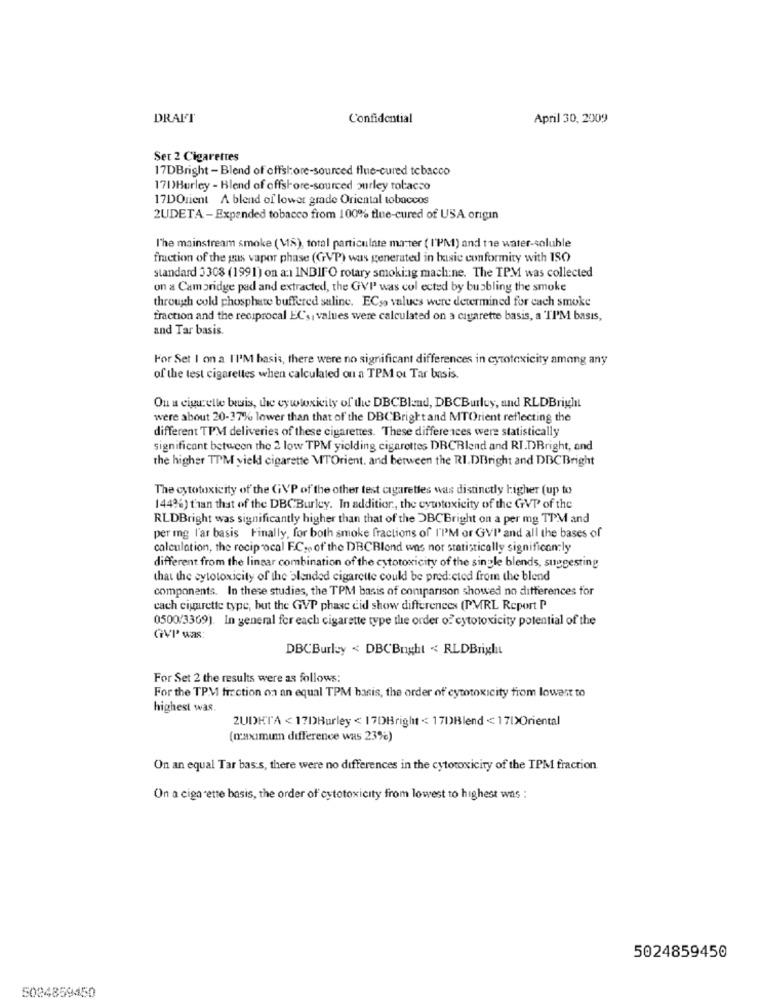
DRALT
Confidential
April 30, 2009
Set 2 Cigarettes
17DBright - Blend of offshore-sourced flue-cured tobacco
171)Burley - Blend of offshore-sourced purley tobacco
17DOrient A blend of lower grade Oriental tobaccos
2UDETA - Expanded tobacco from 100% tlue-cured of USA origin
l'he mainstream smoke ( MIS), total particulate mater ( I'PM) and the water-soluble
fraction of the gas vapor phase (GVP) was generated in basic conformity with ISO
standard 3308 (1991) on a: INBIFO rotary smoking mach:ne. The TPM was collected
on a Cambridge pad and extracted, the GVP was col ected by busbling the smoke
through cold phosphate buffered saline. ECso values were determined for cach smoke
fraction and the reciprocal EC's, values were calculated on a cigarette basis, a TI'M basis,
and Tar basis.
For Set I on a I'I'M basis, there were no significant differences in cytotoxicity among any
of the test cigarettes when calculated ou a TPM ot Tar basis.
Ou a cigarette besis, the cywtoxicity of the DBCBland, DBCBurluy, and RLDBright
were about 20-37% lower than that of the DBCBrightand MTOrient reflecting the
different TPM deliveries of these cigarettes. These differences were statistically
significant between the 2 low TPM yielding cigarettes DBCBlend and RI.DBright, and
the higher TTM yield cigarette MTOrient. and between the RI.DBright and DBCBright
The cytotoxicity of the GVP of the other test cigarettes was distinctly higher (up to
144%) than that of the DBCBurley. In addition, the cytotoxicity of the GVP of the
RLDBright was significantly higher than that of the DBCBright on a per mg TPM and
per mg l'ar basis Finally, for both smoke fractions of I'PM or GVI and all the bases of
calculation, the reciprocal F.C. of the DBCBlond was not statistically significantly
different from the lingar combination of the cytotoxicity of the single blends, suggesting
that the cytotoxicity of the blended cigarette could be pred:cted from the blend
components. In these studies, the TPM basis of comparison showed no differences for
cach cigarette type, but the GVP phase cid show differences (PMRL Report P
0500/3369). In general for each cigarette type the order of cytotoxicity potential of the
GVP' was:
DBCBurley < DBCBnight << RLDBright
For Set 2 the results were as follows:
For the TPM fraction on an equal TPM hasis, the order of cytotoxicity from lowest to
highest was.
2UDRT'A < 17DBurley < 17DBright < 17DBlend < 170>Oriental
(maxumum difference was 23%)
On an equal Tar bas:s, there were no differences in the cytotoxicity of the TPM fraction
On a cigarette basis, the order of cytotoxicity from lowest to highest was :
5024859450
5024859450